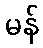
မန်